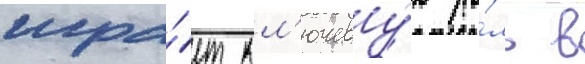
игра́ет кл'ючеву́ю ро́ль в